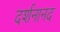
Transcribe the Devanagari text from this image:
दर्शनानद